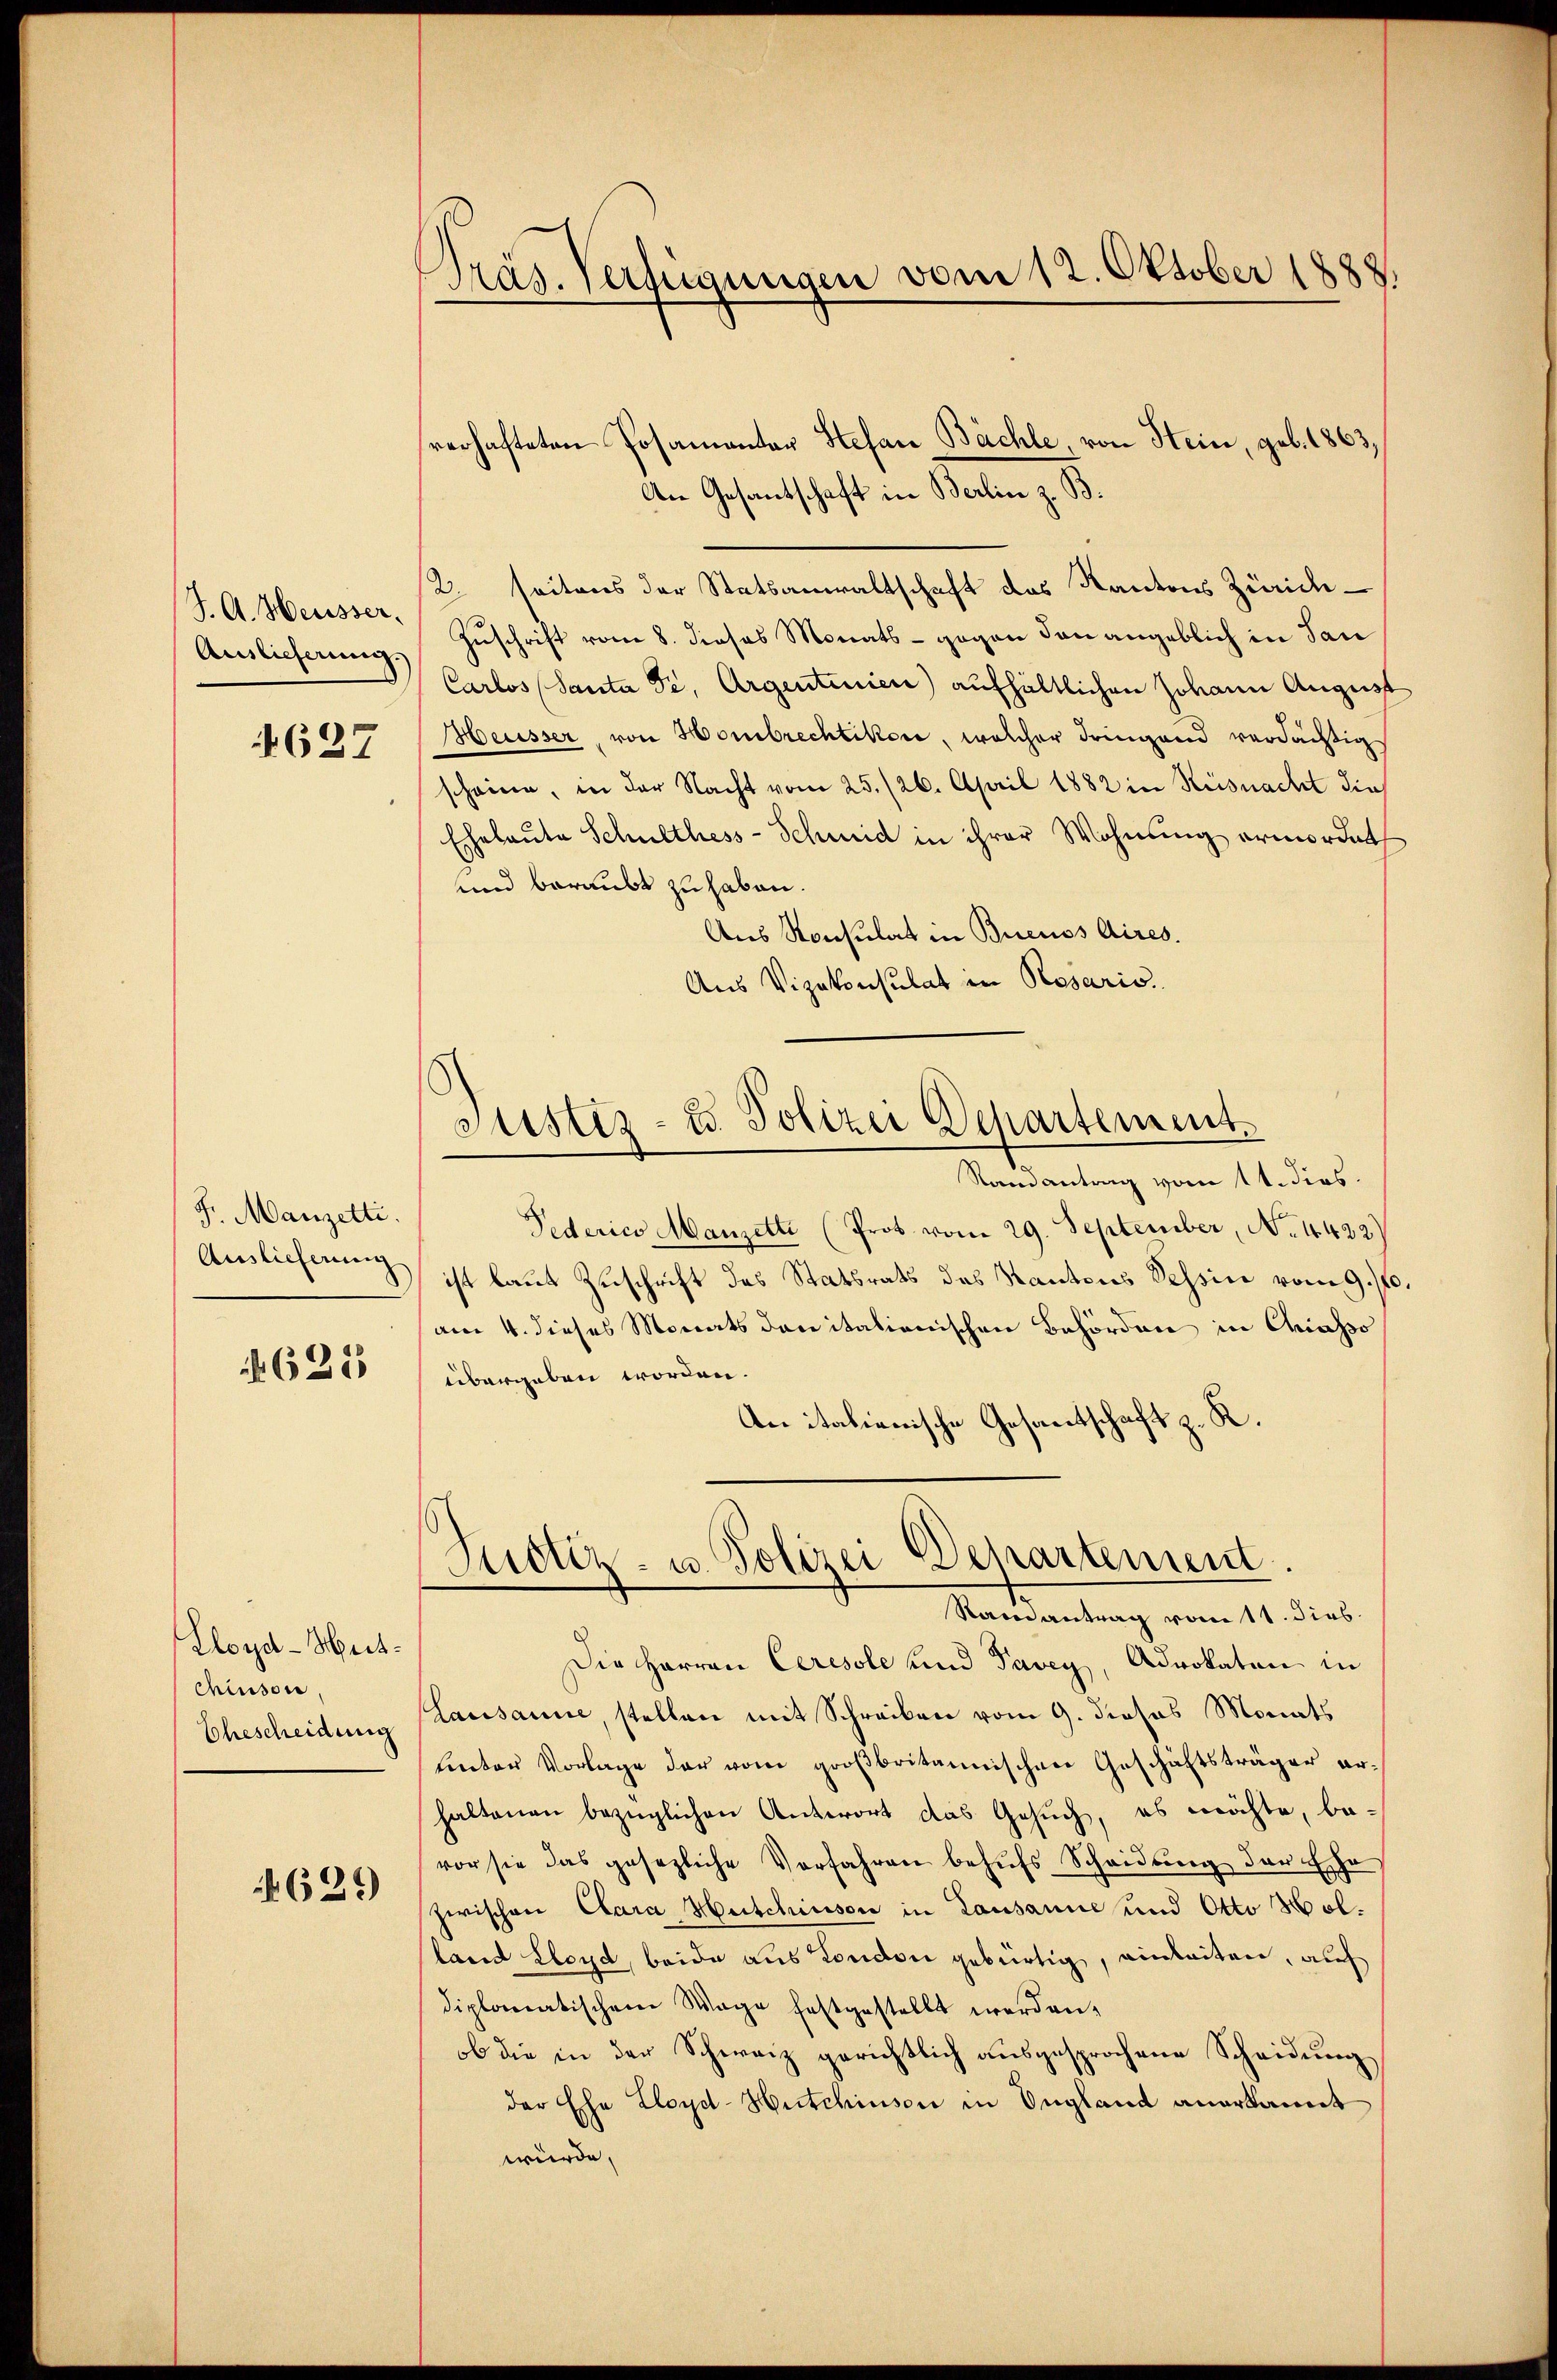
J. A. Heusser.
Auslieferung.

4627

F. Manzelti.
Auslieferung

1625

Lloyd-Heit¬
Chiusor
Ehescheidung

629

Präs. Verfügungen vom 12. Oktober 1888.

verhafteten Posamentar Stefan Bächte, von Stein, geb. 1863,
An Gesantschaft in Berlin z. B.
2. seitens der Statsanwaltschaft des Kantons Zürich¬
Zuschrift vom 8. dieses Monats - gegen den angeblich in dan
Carlos (Santa Fr. Argentinien) aufhältlichen Johann August
Heusser, von Hombrechtikon, welcher dringend verdächtig
scheine, in der Nacht vom 25. /26. April 1882 in Küsnacht dies
Eheleute Schulthess-Schmid in ihrer Wohnung ermordet
und beraubt zu haben.
Aus Konsulat in Buenos Aires.
Aus Vizekonsulat in Rosaris.
Randantrag vom 14. dies
Federico Manzette (Prot vom 29. September, No. 4432.)
ist laut Zuschrift des Statsrats des Kantons Sessine vom 9. J
am 4. dieses Monats danitationischen Behörden in Chiasso
übergeben worden.
An italienische Gesantschaft z. R.
(Justiz- u. Polizei Departement.
Ramantrag vom 11. dies
Die Herren Ceresole und Pavey, Advokaten in
Causanne, stellen mit Schreiben vom 9. dieses Monats
linter Vorlage der vom großbritannischen Geschäftsträger er-
haltenen bezüglichen Antwort das Gesuch, es möchte, be-
vor sie das gesezliche Verfahren behŭfs Scheidung der Ehe
zwischen Clara Hutchiuson in Lausanne und Otto Wolland Lloyd, beide aus London gebürtig, einleiten, auch
diplomatischem Wage festgestellt werden,
ob die in der Schweiz gerichtlich ausgesprochene Scheidung
der Ehe Lloyd-Hutchinson in Ungland anerkannt
würde,

Justiz- u. Polizei Departement.